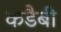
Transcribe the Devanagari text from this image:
कडैबी